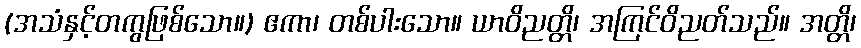
(အသံနှင့်တကွဖြစ်သော။) ဧကာ၊ တစ်ပါးသော။ ယာဝိညတ္တိ၊ အကြင်ဝိညတ်သည်။ အတ္တိ၊